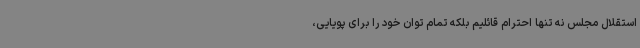
استقلال مجلس نه تنها احترام قائلیم بلکه تمام توان خود را برای پویایی،